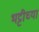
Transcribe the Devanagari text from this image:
भट्टीच्या